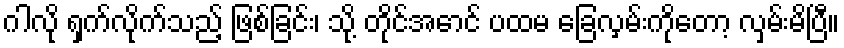
ဂါလို ရှက်လိုက်သည့် ဖြစ်ခြင်း၊ သို့ တိုင်အောင် ပထမ ခြေလှမ်းကိုတော့ လှမ်းမိပြီ။